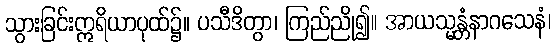
သွားခြင်းဣရိယာပုထ်၌။ ပသီဒိတွာ၊ ကြည်ညို၍။ အာယသ္မန္တံနာဂသေနံ၊